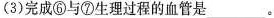
(3)完成⑥与⑦生理过程的血管是___。